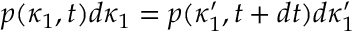
p ( \kappa _ { 1 } , t ) d \kappa _ { 1 } = p ( \kappa _ { 1 } ^ { \prime } , t + d t ) d \kappa _ { 1 } ^ { \prime }